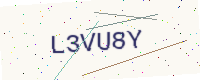
Text: L3VU8Y